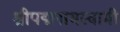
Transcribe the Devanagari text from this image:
श्रीपद्मनाभस्वामी